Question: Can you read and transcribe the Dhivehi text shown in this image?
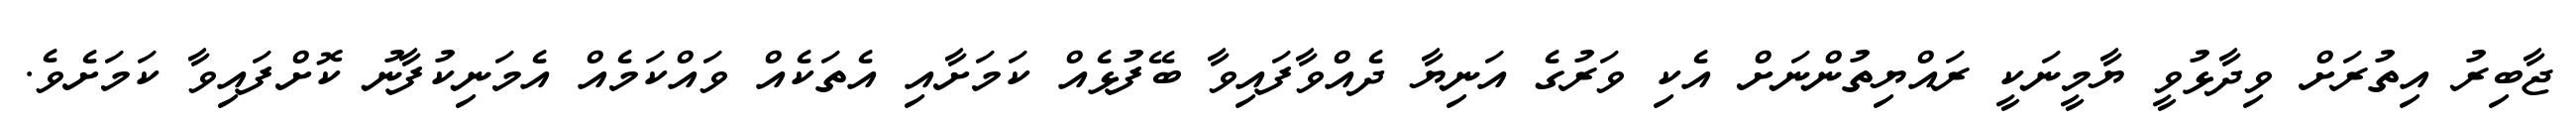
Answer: ޖާބިރު އިތުރަށް ވިދާޅުވީ ޔާމީނަކީ ރައްޔިތުންނަށް އެކި ވަރުގެ އަނިޔާ ދެއްވާފައިވާ ބޭފުޅެއް ކަމަށާއި އެތަކެއް ވައްކަމެއް އެމަނިކުފާނު ކޮށްފައިވާ ކަމަށެވެ.